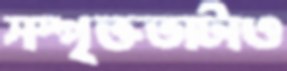
সম্পৃক্ততাটাও